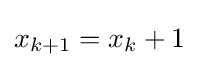
x_{k+1}=x_{k}+1